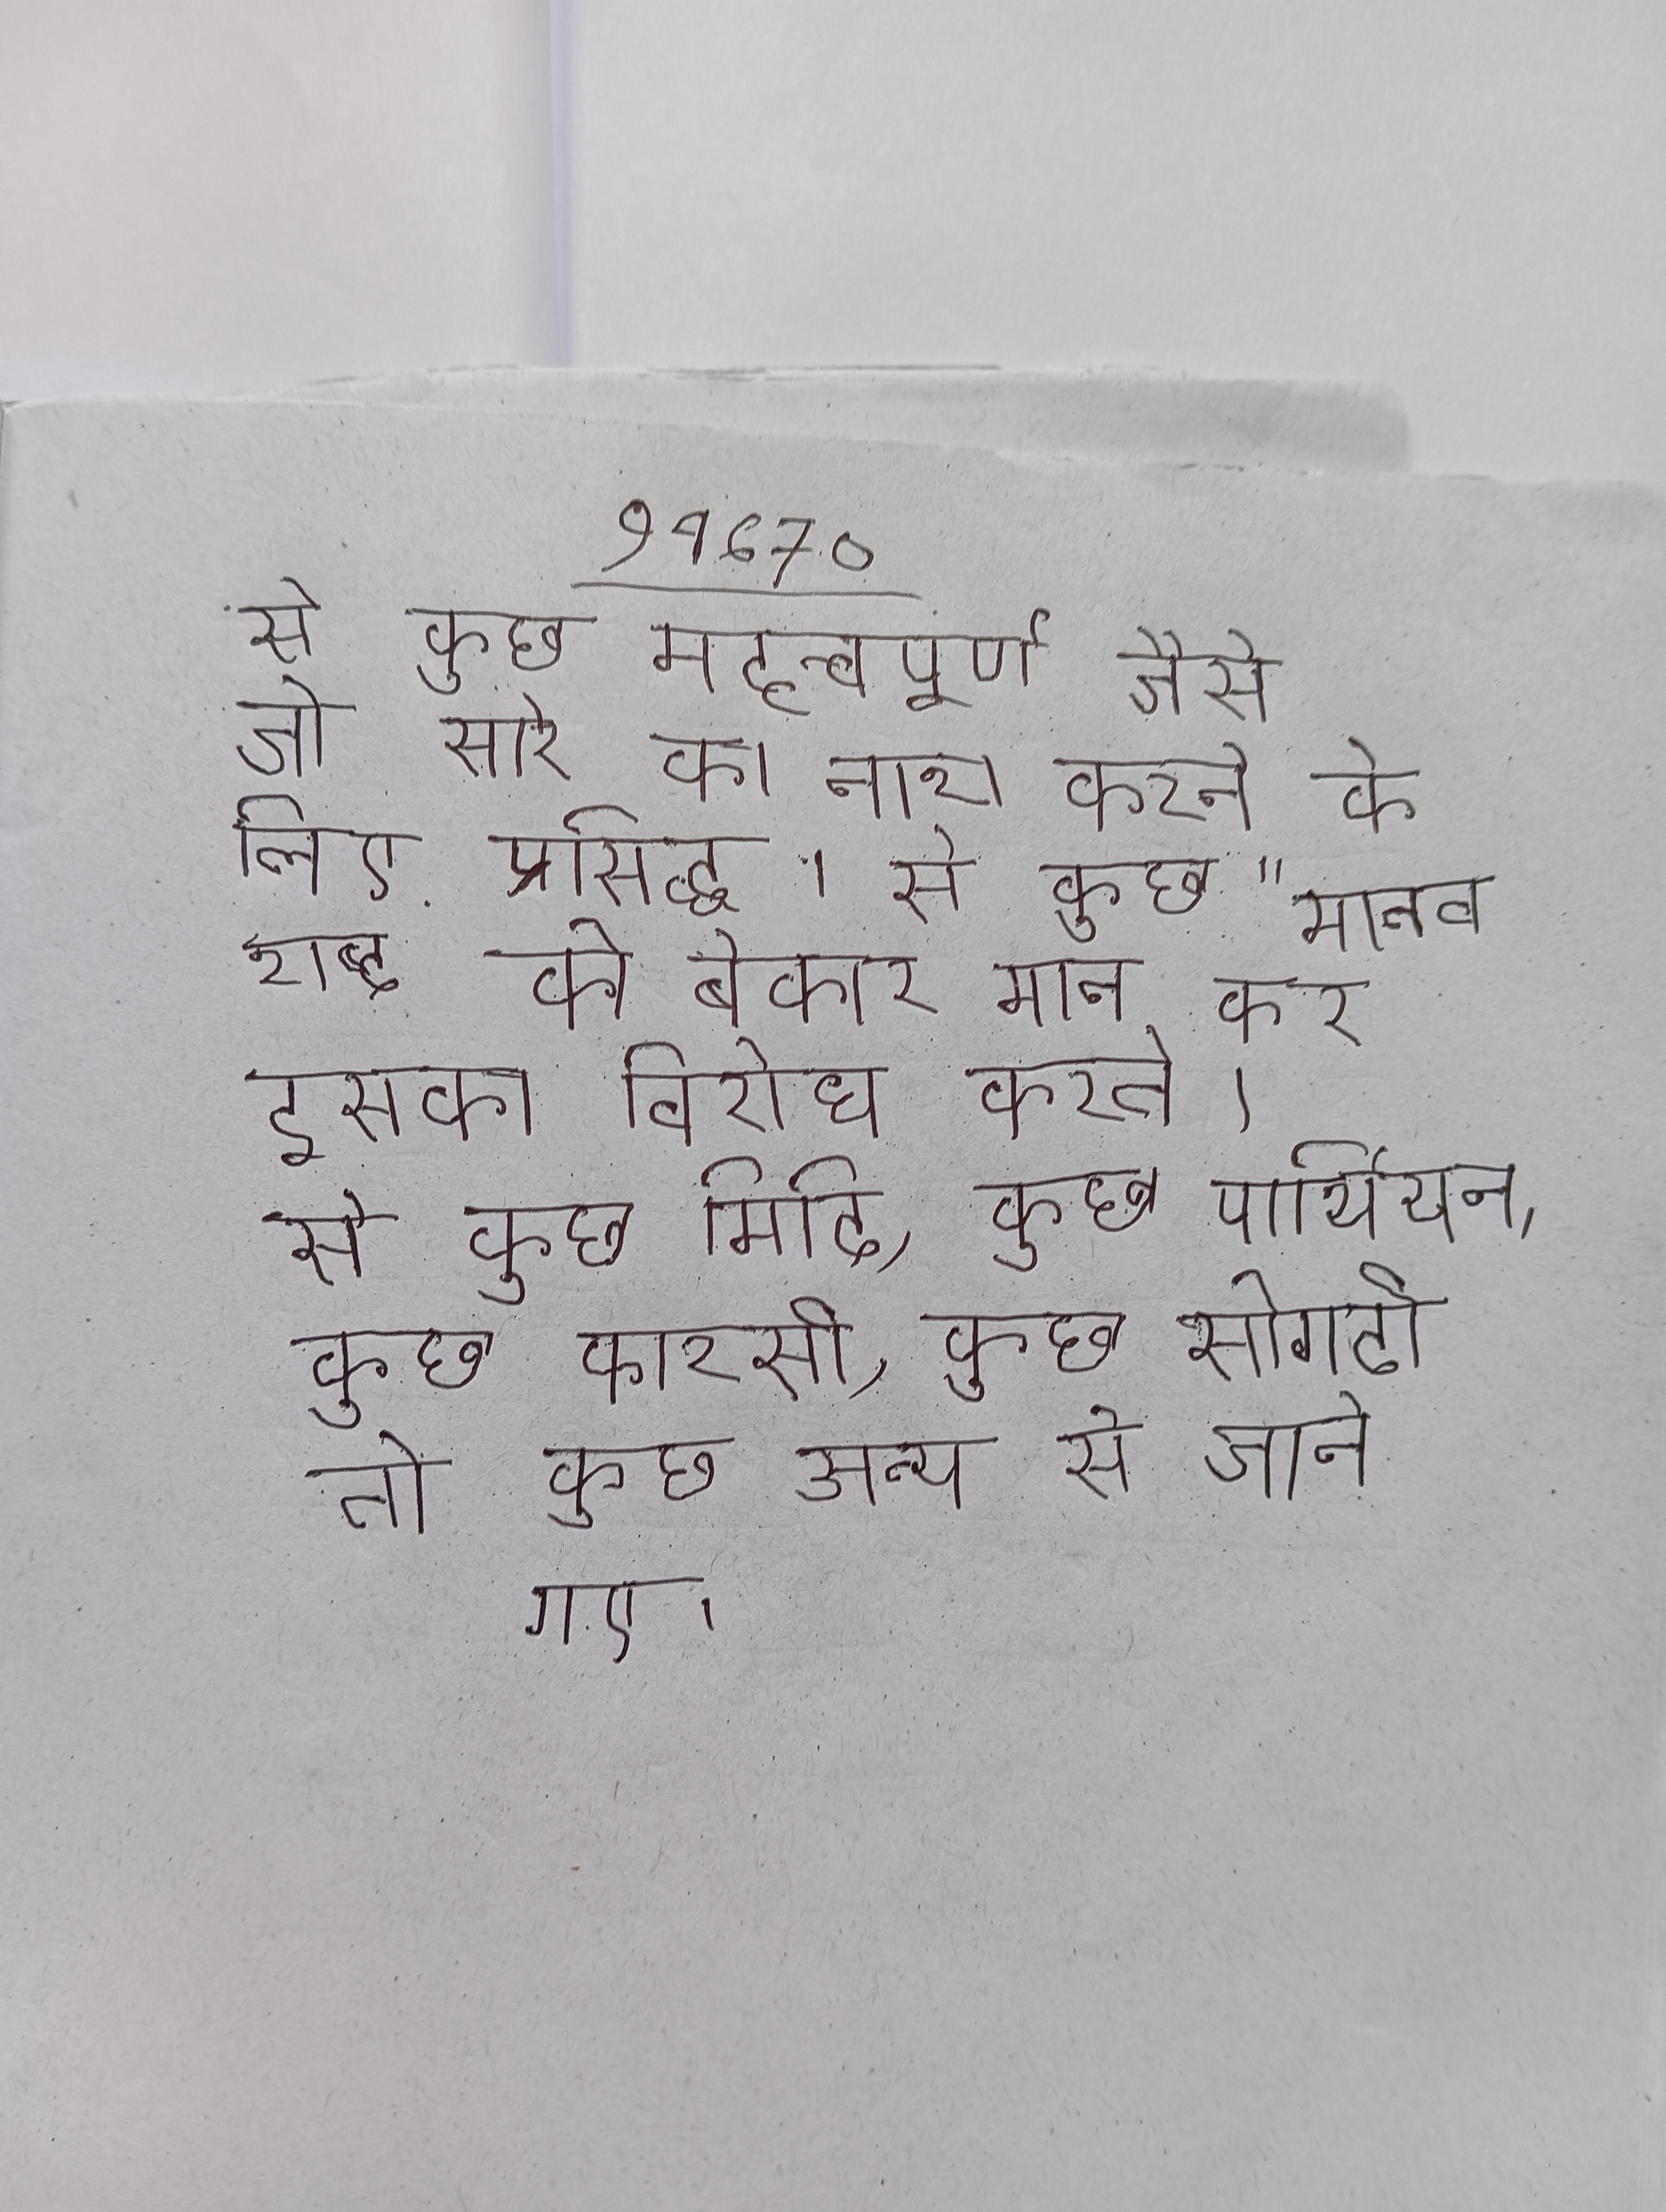
से कुछ महत्वपूर्ण जैसे जो सारे का नाश करने के लिए प्रसिद्ध । से कुछ "मानव शब्द को बेकार मान कर इसका विरोध करते । से कुछ मिदि, कुछ पार्थियन, कुछ फारसी, कुछ सोगदी तो कुछ अन्य से जाने गए ।